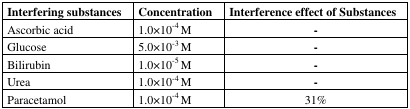
| Interfering substances | Concentration | Interference effect of Substances |
 | --- | --- | --- |
 | Ascorbic acid | 1.0×10- M | - |
 | Glucose | 5.0×10- M | - |
 | Bilirubin | 1.0×10- M | - |
 | Urea | 1.0×10- M | - |
 | Paracetamol | 1.0×10- M | 31% |